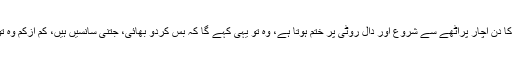
ایک عام آدمی جس کا دن اچار پراٹھے سے شروع اور دال روٹی پر ختم ہوتا ہے، وہ تو یہی کہے گا کہ بس کردو بھائی، جتنی سانسیں ہیں، کم ازکم وہ تو چین سے لینے دو۔